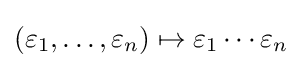
\left(\varepsilon _{1},\ldots ,\varepsilon _{n}\right)\mapsto \varepsilon _{1}\cdots \varepsilon _{n}